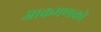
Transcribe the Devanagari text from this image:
आक्रमणको